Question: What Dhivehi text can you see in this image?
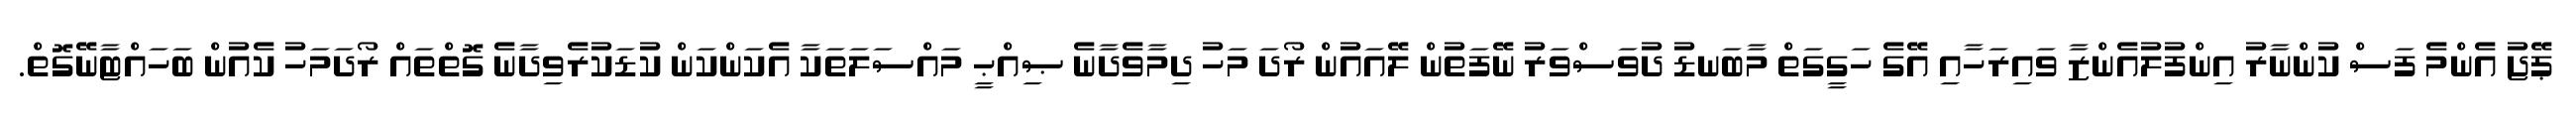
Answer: ޕޭޖު އެންމެ ފަސް ކުންނާރު އިންފުލުއެންޒާ ވައިރަހާއި އޭގެ ހަގީގަތް މާބަނޑު ދުވަސްވަރު ނޭފަތުން ލޭއައުން ރޯދަ މަހު ދިމާވެދާނެ ޞިއްޙީ މައްސަލަތަކާ އެކަންކަން ކުޑަކުރެވިދާނެ ގޮތްތައް ރޯދަމަހު ކެއުން ބަހައްޓާނޭގޮތް.